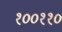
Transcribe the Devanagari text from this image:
१००११०